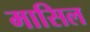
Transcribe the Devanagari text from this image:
मासिल